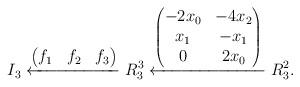
LaTeX: \begin{align*}I_3\xleftarrow{\begin{pmatrix}f_1&f_2&f_3\end{pmatrix}} R_3^3\xleftarrow{\begin{pmatrix}-2x_0 & -4x_2 \\x_1 & -x_1 \\0 & 2x_0\end{pmatrix}} R_3^2.\end{align*}